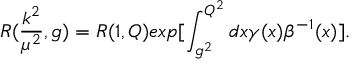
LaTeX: R ( \frac { k ^ { 2 } } { { \mu } ^ { 2 } } , g ) = R ( 1 , Q ) e x p [ \int _ { g ^ { 2 } } ^ { Q ^ { 2 } } d x \gamma ( x ) { \beta } ^ { - 1 } ( x ) ] .